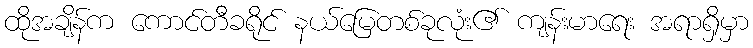
ထိုအချိန်က ကောင်တီခရိုင် နယ်မြေတစ်ခုလုံး၏ ကျန်းမာရေး အရာရှိမှာ